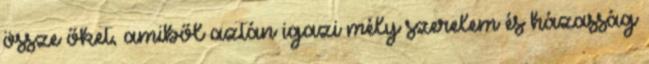
össze őket, amiből aztán igazi mély szerelem és házasság